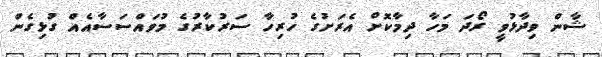
ޝާން ވިދާޅުވީ ރޯދަ މަހާ ދިމާކޮށް އެރަށުގެ ހުރިހާ ސަރުކާރުގެ މުވައްސަސާއެއް ގުޅިގެން